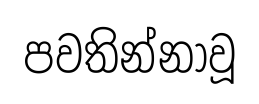
පවතින්නාවූ